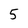
Character: 5